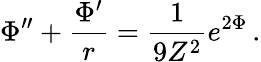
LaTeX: \Phi^{\prime\prime}+\frac{\Phi^{\prime}}{r}=\frac{1}{9Z^{2}}e^{2\Phi}\, .